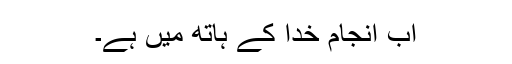
اب انجام خدا کے ہاتھ میں ہے۔